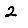
Digit: 2